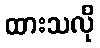
ထားသလို